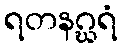
ရတနဂ္ဃရံ